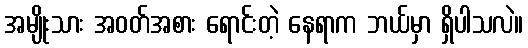
အမျိုးသား အဝတ်အစား ရောင်းတဲ့ နေရာက ဘယ်မှာ ရှိပါသလဲ။